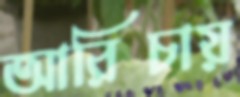
আরিচায়